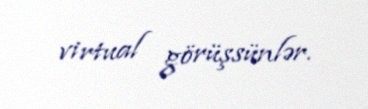
virtual görüşsünlər.